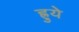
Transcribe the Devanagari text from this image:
ह्रुये